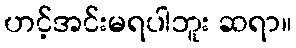
ဟင့်အင်းမရပါဘူး ဆရာ။